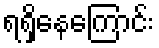
ရရှိနေကြောင်း